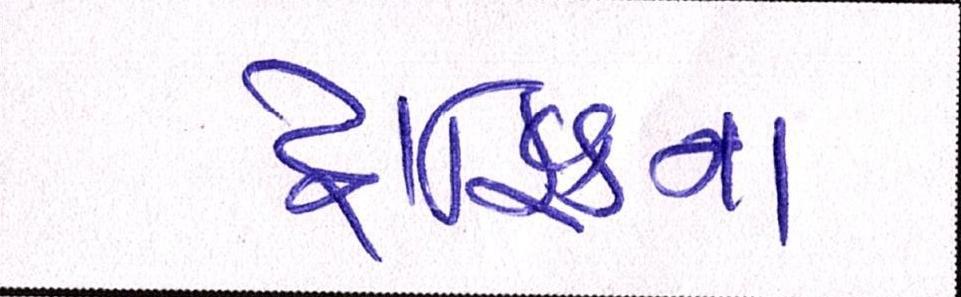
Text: ટ્રાફિકના